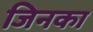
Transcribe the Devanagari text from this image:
जिनका